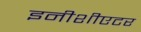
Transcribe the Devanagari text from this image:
इनीशीएटर